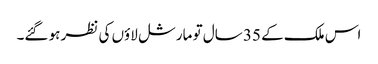
اس ملک کے 35 سال تو مارشل لاؤں کی نظر ہو گئے۔